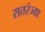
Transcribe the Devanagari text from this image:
सतरंज्या